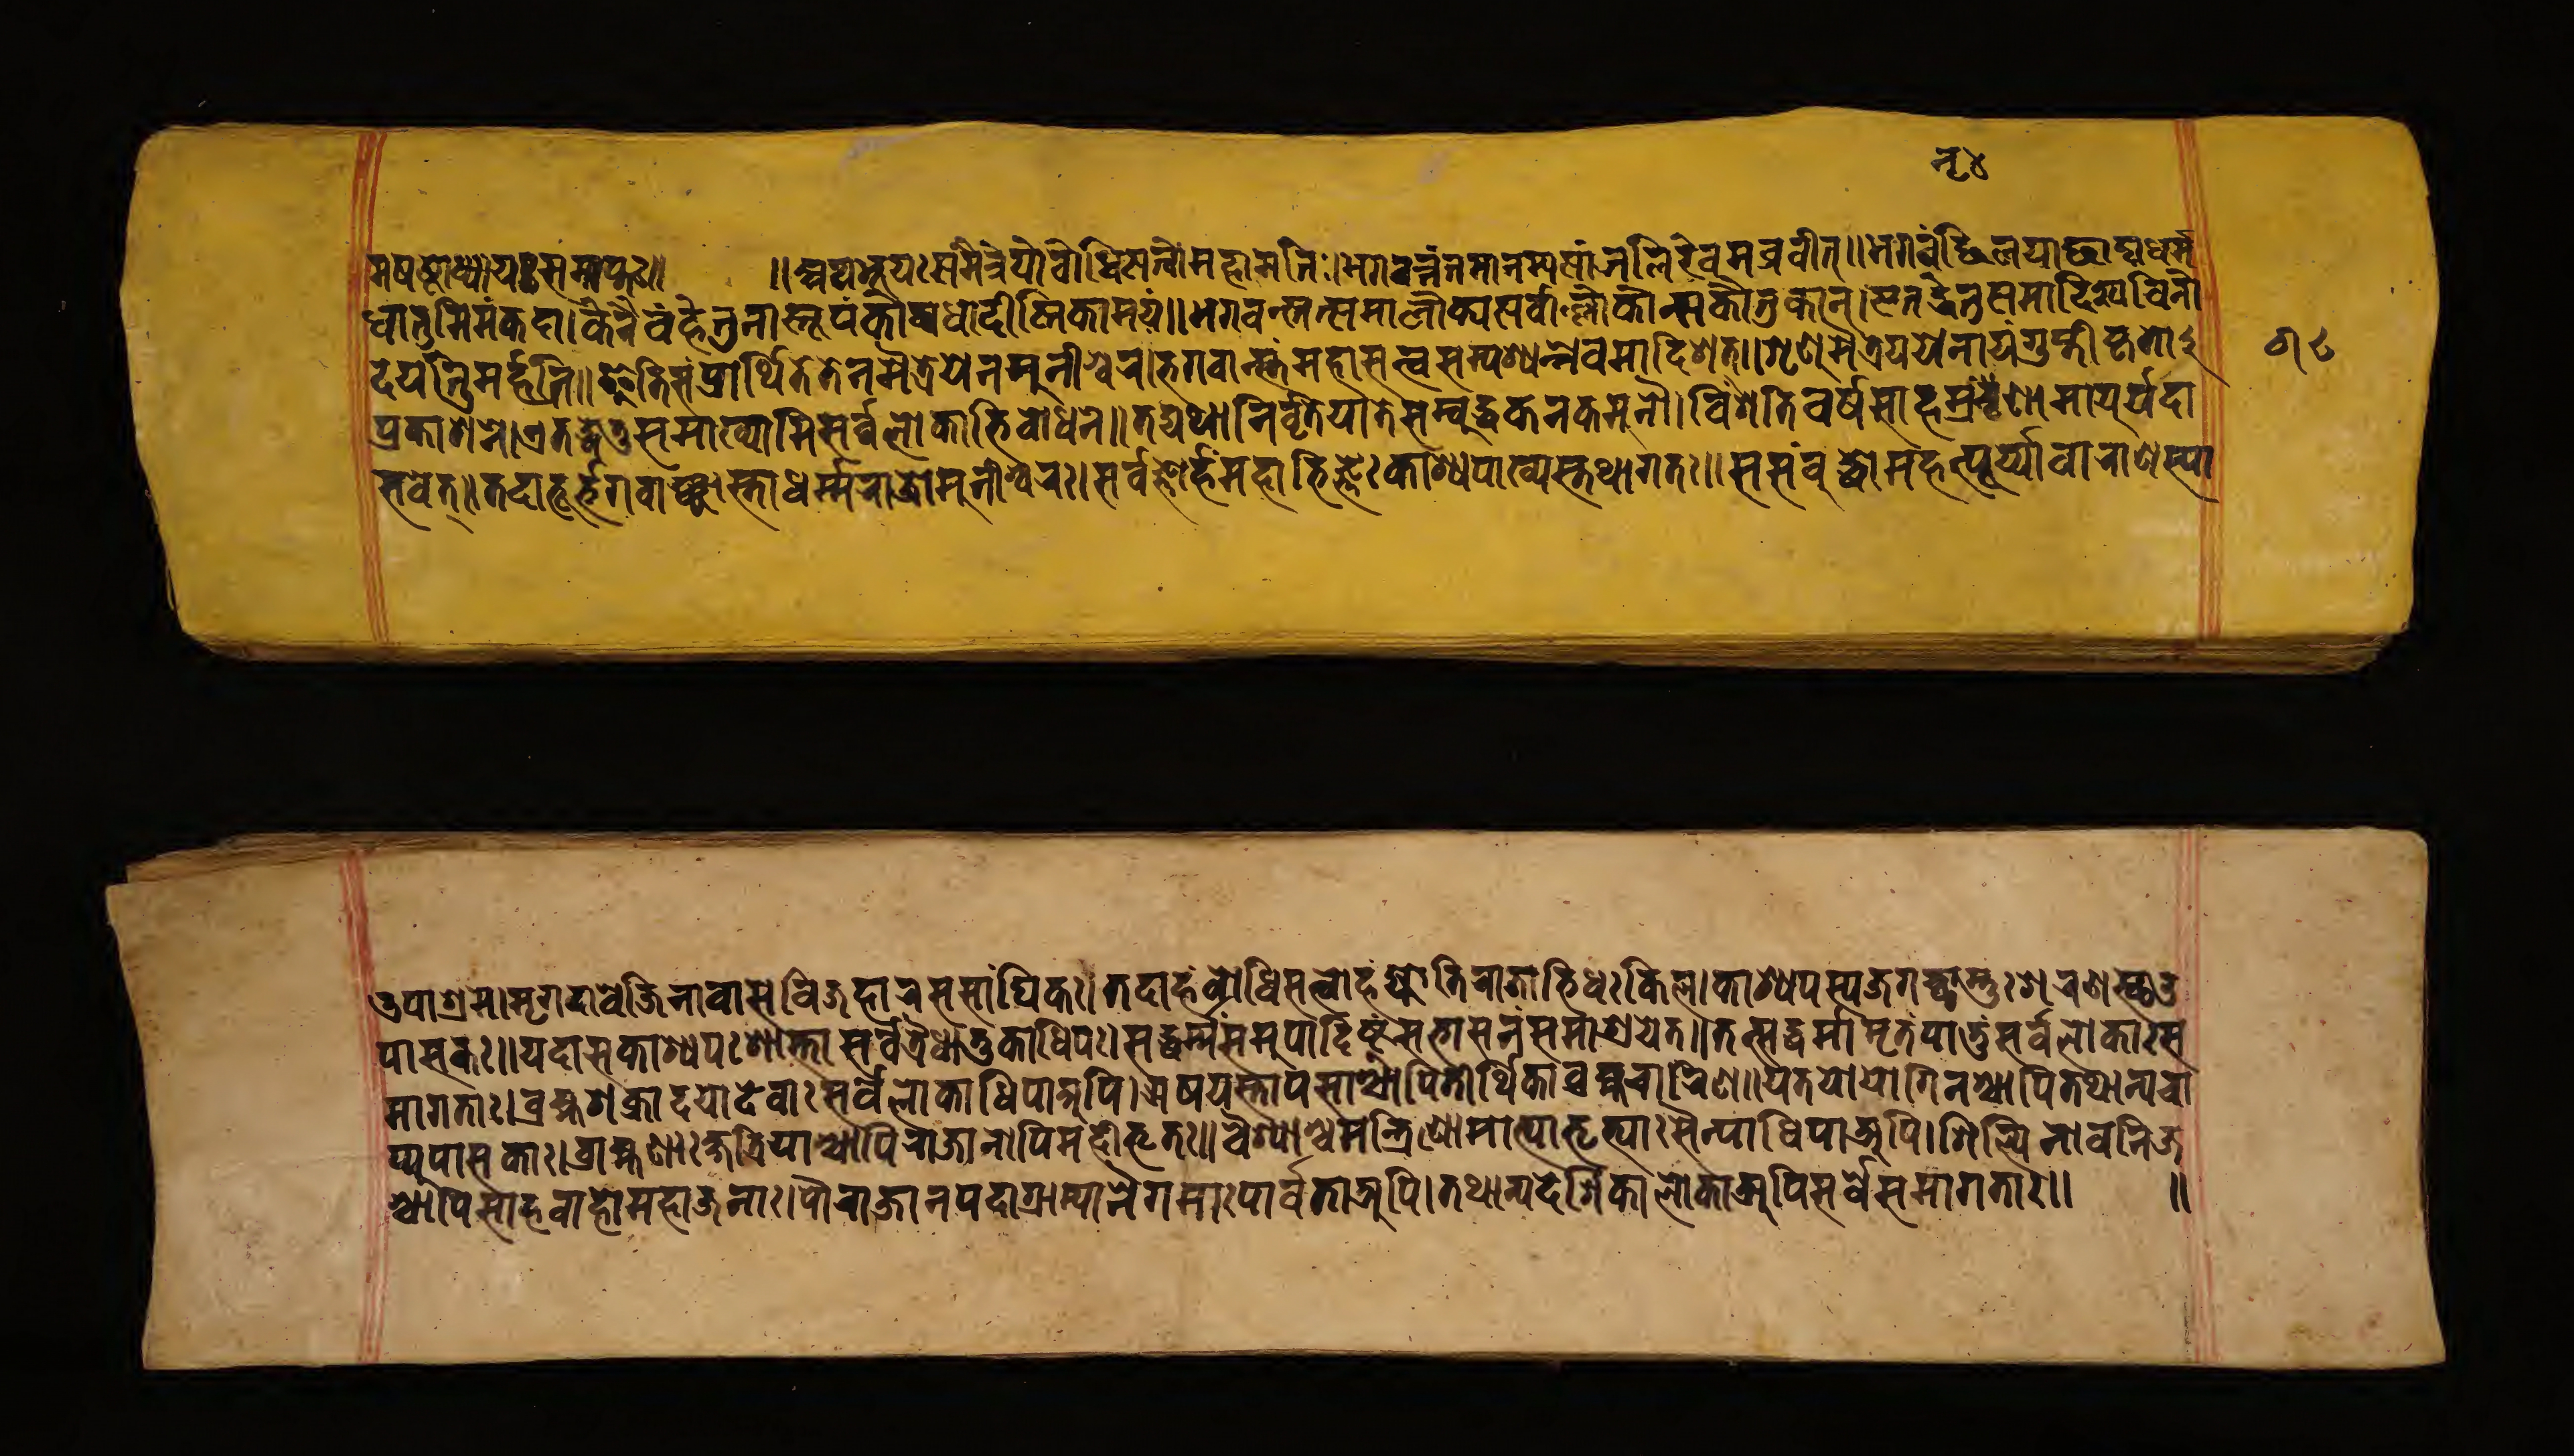
𑐣𑐺𑑔 𑐩𑐲𑐲𑑂𑐛𑑀𑐢𑑂𑐫𑐵𑐫𑑅𑐳𑐩𑑂𑐥𑑂𑐟𑑅𑑌𑑌𑐀𑐠𑐨𑐹𑐫𑑅𑐳𑐩𑐿𑐟𑑂𑐬𑐾𑐫𑑀𑐧𑑀𑐢𑐶𑐳𑐟𑑂𑐟𑑂𑐰𑑀𑐩𑐴𑐵𑐩𑐟𑐶𑑅𑑋𑐨𑐐𑐰𑐣𑑂𑐟𑐟𑐩𑐵𑐣𑐳𑑂𑐫𑐳𑐵𑐘𑑂𑐖𑐮𑐶𑐬𑐾𑐰𑐩𑐰𑑂𑐬𑐰𑐷𑐟𑑂𑑌𑐨𑐐𑐰𑐔𑑂𑐕𑐶𑐮𑐫𑐵𑐕𑐵𑐡𑑂𑐫𑐢𑐬𑑂𑐩 𑐢𑐵𑐟𑐸𑐩𑐶𑐩𑑄𑐎𑐡𑐵𑑋𑐎𑐾𑐣𑐿𑐰𑐴𑐾𑐟𑐸𑐣𑐵𑐳𑑂𑐟𑐹𑐥𑑄𑐎𑑀𑐰𑑂𑐫𑐢𑐵𑐡𑐷𑐲𑑂𑐚𑐶𑐎𑐵𑐩𑐫𑑄𑑌𑐨𑐐𑐰𑐣𑑂𑐟𑐟𑑂𑐳𑐩𑐵𑐮𑑀𑐎𑑂𑐫𑐳𑐬𑑂𑐰𑑂𑐰𑐵𑐮𑑂𑐮𑑀𑐎𑐵𑐣𑑂𑐳𑐎𑑁𑐟𑐸𑐎𑐵𑐣𑑂𑑋𑐊𑐟𑐡𑑂𑐢𑐾𑐟𑐸𑐳𑐩𑐵𑐡𑐶𑐱𑑂𑐫𑐰𑐶𑐣𑑀 𑐡𑐫𑐶𑐟𑐸𑐩𑐬𑑂𑐴𑐟𑐶𑑌𑐂𑐟𑐶𑐳𑑄𑐥𑑂𑐬𑐵𑐬𑑂𑐠𑐶𑐟𑑄𑐟𑐾𑐣𑐩𑐿𑐟𑑂𑐬𑐾𑐫𑐾𑐣𑐩𑐸𑐣𑐷𑐱𑑂𑐰𑐬𑑋𑐨𑐐𑐰𑐵𑐣𑑂𑐳𑐩𑐴𑐵𑐳𑐟𑑂𑐟𑑂𑐰𑑄𑐳𑐩𑑂𑐥𑐱𑑂𑐫𑐣𑑂𑐣𑐾𑐰𑐩𑐵𑐡𑐶𑐱𑐟𑑂𑑌𑐱𑐺𑐞𑐸𑐩𑐿𑐟𑑂𑐬𑐾𑐫𑐫𑐾𑐣𑐵𑐫𑑄𑐐𑐸𑐥𑑂𑐟𑐶𑐎𑐺𑐟𑑀 𑐥𑑂𑐬𑐎𑐵𑐱𑐣𑐾𑑋𑐊𑐟𑐡𑑂𑐢𑐾𑐟𑐸𑑄𑐳𑐩𑐵𑐏𑑂𑐫𑐵𑐳𑐶𑐳𑐬𑑂𑐰𑐾𑐮𑑀𑐎𑐵𑐨𑐶𑐧𑑀𑐢𑐣𑐾𑑌𑐟𑐡𑑂𑐫𑐠𑐵𑐣𑐶𑐰𑐺𑐟𑐶𑑄𑐫𑐵𑐟𑐾𑐳𑑄𑐧𑐸𑐡𑑂𑐢𑐾𑐎𑐣𑐎𑐩𑐸𑐣𑑁𑑋𑐰𑐶𑑄𑐱𑐟𑐶𑐰𑐬𑑂𑐲𑐳𑐵𑐴𑐳𑑂𑐬𑐣𑐺𑐬𑑂𑐞𑐵𑐩𑐵𑐫𑐸𑐫𑐡𑐵 𑐨𑐰𑐾𑐟𑑂𑑌𑐟𑐡𑐵𑐨𑐹𑐨𑐐𑐰𑐵𑑄𑐘𑑂𑐕𑐵𑐳𑑂𑐟𑐵𑐢𑐬𑑂𑐩𑑂𑐩𑐬𑐵𑐖𑑀𑐩𑐸𑐣𑐷𑐱𑑂𑐰𑐬𑑅𑑋𑐳𑐬𑑂𑐰𑐖𑑂𑐘𑑀𑐬𑑂𑐴𑐩𑐴𑐵𑐨𑐶𑐖𑑂𑐘𑑅𑐎𑐵𑐱𑑂𑐫𑐥𑐵𑐏𑑂𑐫𑐳𑑂𑐟𑐠𑐵𑐐𑐟𑑅𑑌𑐳𑐳𑑄𑐧𑐸𑐡𑑂𑐢𑑀𑐩𑐴𑐵𑐥𑐸𑐬𑑂𑐫𑐵𑐰𑐵𑐬𑐵𑐞𑐳𑑂𑐫𑐵 𑐩𑐸𑐥𑐵𑐱𑑂𑐬𑐩𑐾𑑋𑐩𑐺𑐐𑐡𑐵𑐰𑐾𑐖𑐶𑐣𑐵𑐰𑐵𑐳𑐾𑐰𑐶𑐖𑐴𑐵𑐬𑐳𑐳𑐵𑑄𑐢𑐶𑐎𑑅𑑋𑐟𑐡𑐵𑐳𑑄𑐧𑑀𑐢𑐶𑐳𑐟𑑂𑐟𑑂𑐰𑑀𑐴𑑄𑐖𑑂𑐫𑑀𑐟𑐶𑐬𑐵𑐖𑐵𑐨𑐶𑐢𑑅𑐎𑐶𑐮𑑋𑐎𑐵𑐱𑑂𑐫𑐥𑐳𑑂𑐫𑐖𑐐𑐔𑑂𑐕𑐵𑐩𑑂𑐟𑐸𑑅𑐱𑐬𑐞𑐳𑑂𑐠𑑁 𑐥𑐵𑐳𑐎𑑅𑑌𑐫𑐡𑐵𑐳𑐎𑐵𑐱𑑂𑐫𑐥𑑅𑐱𑐵𑐳𑑂𑐟𑐵𑐳𑐬𑑂𑐰𑐟𑑂𑐬𑐿𑐢𑐵𑐟𑐸𑐎𑐵𑐢𑐶𑐥𑑅𑑋𑐳𑐡𑑂𑐢𑐬𑑂𑐩𑑂𑐩𑑄𑐳𑐩𑐸𑐥𑐵𑐡𑐾𑐲𑑂𑐚𑐸𑑄𑐳𑐨𑐵𑐳𑐣𑐾𑐳𑐩𑐵𑐱𑑂𑐬𑐫𑐾𑐟𑑂𑑌𑐟𑐟𑑂𑐳𑐡𑑂𑐢𑐬𑑂𑐩𑑂𑐩𑐵𑐩𑐺𑐟𑑄𑐥𑐵𑐟𑐸𑑄𑐳𑐬𑑂𑐰𑐾𑐮𑑀𑐎𑐵𑑅𑐳 𑐩𑐵𑐐𑐟𑐵𑑅𑑋𑐧𑑂𑐬𑐴𑑂𑐩𑐱𑐎𑑂𑐬𑐵𑐡𑐫𑑀𑐡𑐾𑐰𑐵𑑅𑐳𑐬𑑂𑐰𑐾𑐮𑑀𑐎𑐵𑐢𑐶𑐥𑐵𑐀𑐥𑐶𑑋𑐆𑐲𑐫𑐳𑑂𑐟𑐵𑐥𑐳𑐵𑐱𑑂𑐔𑐵𑐥𑐶𑐟𑐷𑐬𑑂𑐠𑐶𑐎𑐵𑐧𑑂𑐬𑐴𑑂𑐩𑐔𑐵𑐬𑐶𑐞𑑌𑐫𑐟𑐫𑑀𑐫𑑀𑐐𑐶𑐣𑐱𑑂𑐔𑐵𑐥𑐶𑐟𑐠𑐵𑐣𑑂𑐫𑐾𑐔𑐵 𑐥𑑂𑐫𑐸𑐥𑐵𑐳𑐎𑐵𑑅𑑋𑐧𑑂𑐬𑐵𑐴𑑂𑐩𑐞𑐵𑐎𑑂𑐲𑐟𑑂𑐬𑐶𑐫𑐵𑐱𑑂𑐔𑐵𑐥𑐶𑐬𑐵𑐖𑐵𑐣𑑀𑐥𑐶𑐩𑐴𑐷𑐨𑐺𑐟𑑅𑑌𑐰𑐿𑐱𑑂𑐫𑐵𑐱𑑂𑐔𑐩𑐣𑑂𑐟𑑂𑐬𑐶𑐞𑑀𑐩𑐵𑐟𑑂𑐫𑐵𑐨𑐺𑐟𑑂𑐫𑐵𑐳𑐿𑐣𑑂𑐫𑐵𑐢𑐶𑐥𑐵𑐐𑐞𑐵𑐀𑐥𑐶𑑋𑐱𑐶𑐮𑑂𑐥𑐶𑐣𑑀𑐰𑐞𑐶𑐖 𑐱𑑂𑐔𑐵𑐥𑐶𑐳𑐵𑐬𑑂𑐠𑐰𑐵𑐴𑑀𑐩𑐴𑐵𑐖𑐣𑐵𑑅𑑋𑐥𑑁𑐬𑐵𑐖𑐵𑐣𑐥𑐡𑐵𑐐𑑂𑐬𑐵𑐩𑑂𑐫𑐵𑐣𑐿𑐐𑐩𑐵𑑅𑐥𑐵𑐬𑑂𑐰𑐟𑐵𑐀𑐥𑐶𑑋𑐟𑐠𑑀𑐣𑑂𑐫𑐡𑐾𑐱𑐶𑐎𑐵𑐮𑑀𑐎𑐵𑐀𑐥𑐶𑐳𑐬𑑂𑐰𑑂𑐰𑐾𑐳𑐩𑐵𑐐𑐟𑐵𑑅𑑌 𑑌 𑑖𑑘